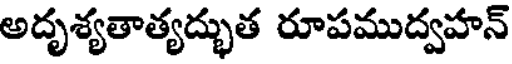
అదృశ్యతాత్యద్భుత రూపముద్వహన్